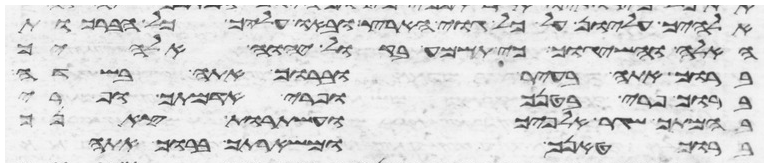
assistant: אלהיך עליון על כל גוי הארץ ובאו עליך כל הברכות
האלה והשיגוך כי תשמע בקול יהוה אלהיך
ברוך אתה בעיר וברוך אתה בשדה
ברוך פרי בטנך ופרי אדמתך ופרי
בהמתך שגר אלפיך ועשתרות
ברוך טנאך ומשארתך ברוך אתה